Lock hospitals Punjab
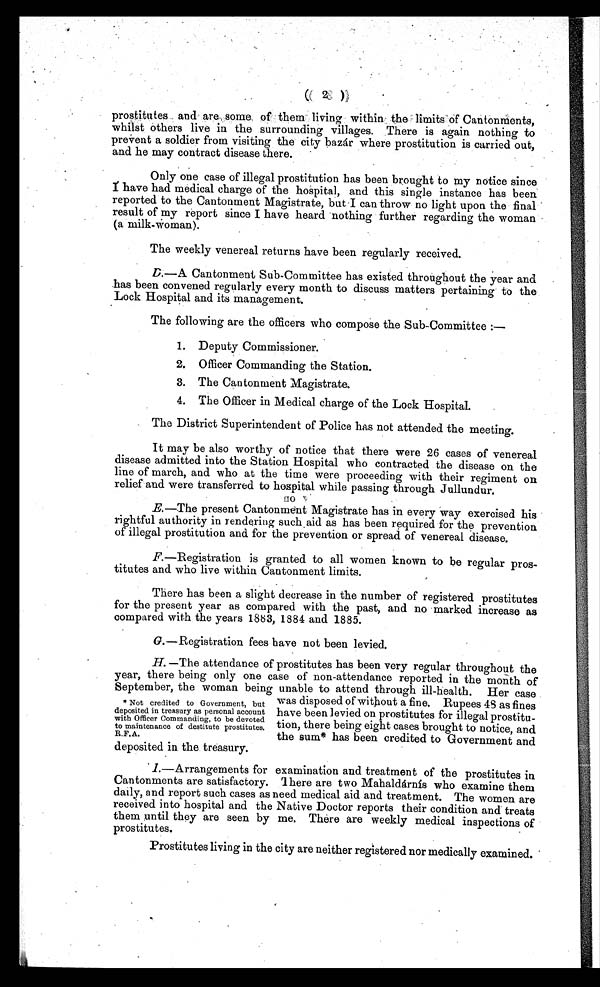
(2)
prostitutes and are some of them living within the limits of Cantonments,
whilst others live in the surrounding villages. There is again nothing to
prevent a soldier from visiting the city bazár where prostitution is carried out,
and he may contract disease there.
Only one case of illegal prostitution has been brought to my notice since
I have had medi cal char ge of t he hos pi t al , and t hi s s i ngl e i ns t ance has been
reported to the Cantonment Magistrate, but I can throw no light upon the final
result of my report since I have heard nothing further regarding the woman
(a milk-Woman).
The weekly venereal returns have been regularly received.
D.—A Cantonment Sub-Committee has existed throughout the year and
has been convened regularly every month to discuss matters pertaining to the
Lock Hospital and its management.
The following are the officers who compose the Sub-Committee
1. Deputy Commissioner.
2. Officer Commanding the Station.
3. The Cantonment Magistrate.
4. The Officer in Medical charge of the Lock Hospital.
The District Superintendent of Police has not attended the meeting.
It may be also worthy of notice that there were 26 cases of venereal
disease admitted into the Station Hospital who contracted the disease on the
line of march, and who at the time were proceeding with their regiment on
relief and were transferred to hospital while passing through Jullundur.
E.—The present Cantonment Magistrate has in every way exercised his
rightful authority in rendering such aid as has been required for the prevention
of illegal prostitution and for the prevention or spread of venereal disease.
F.—Registration is granted to all women known to be regular pros-
titutes and who live within Cantonment limits.
There has been a slight decrease in the number of registered prostitutes
for the present year as compared with the past, and no marked increase as
compared with the years 1883, 1884 and 1885.
G.—Registration fees have not been levied.
H. —The attendance of prostitutes has been very regular throughout the
year, there being only one case of non-attendance reported in the month of
September, the woman being unable to attend through ill-health. Her case
was disposed of without a fine. Rupees 48 as fines
have been levied on prostitutes for illegal prostitu-
tion, there being eight cases brought to notice, and
the sum* has been credited to Government and
deposited in the treasury.
I.—Arrangements for examination and treatment of the prostitutes in
Cantonments are satisfactory. There are two Mahaldárnís who examine them
daily, and report such cases as need medical aid and treatment. The women are
received into hospital and the Native Doctor reports their condition and treats
them until they are seen by me. There are weekly medical inspections of
prostitutes.
* Not credited to Government, but
deposited in treasury as personal account
with Officer Commanding, to be devoted
to maintenance of destitute prostitutes.
R.F.A.
Prostitutes living in the city are neither registered nor medically examined.